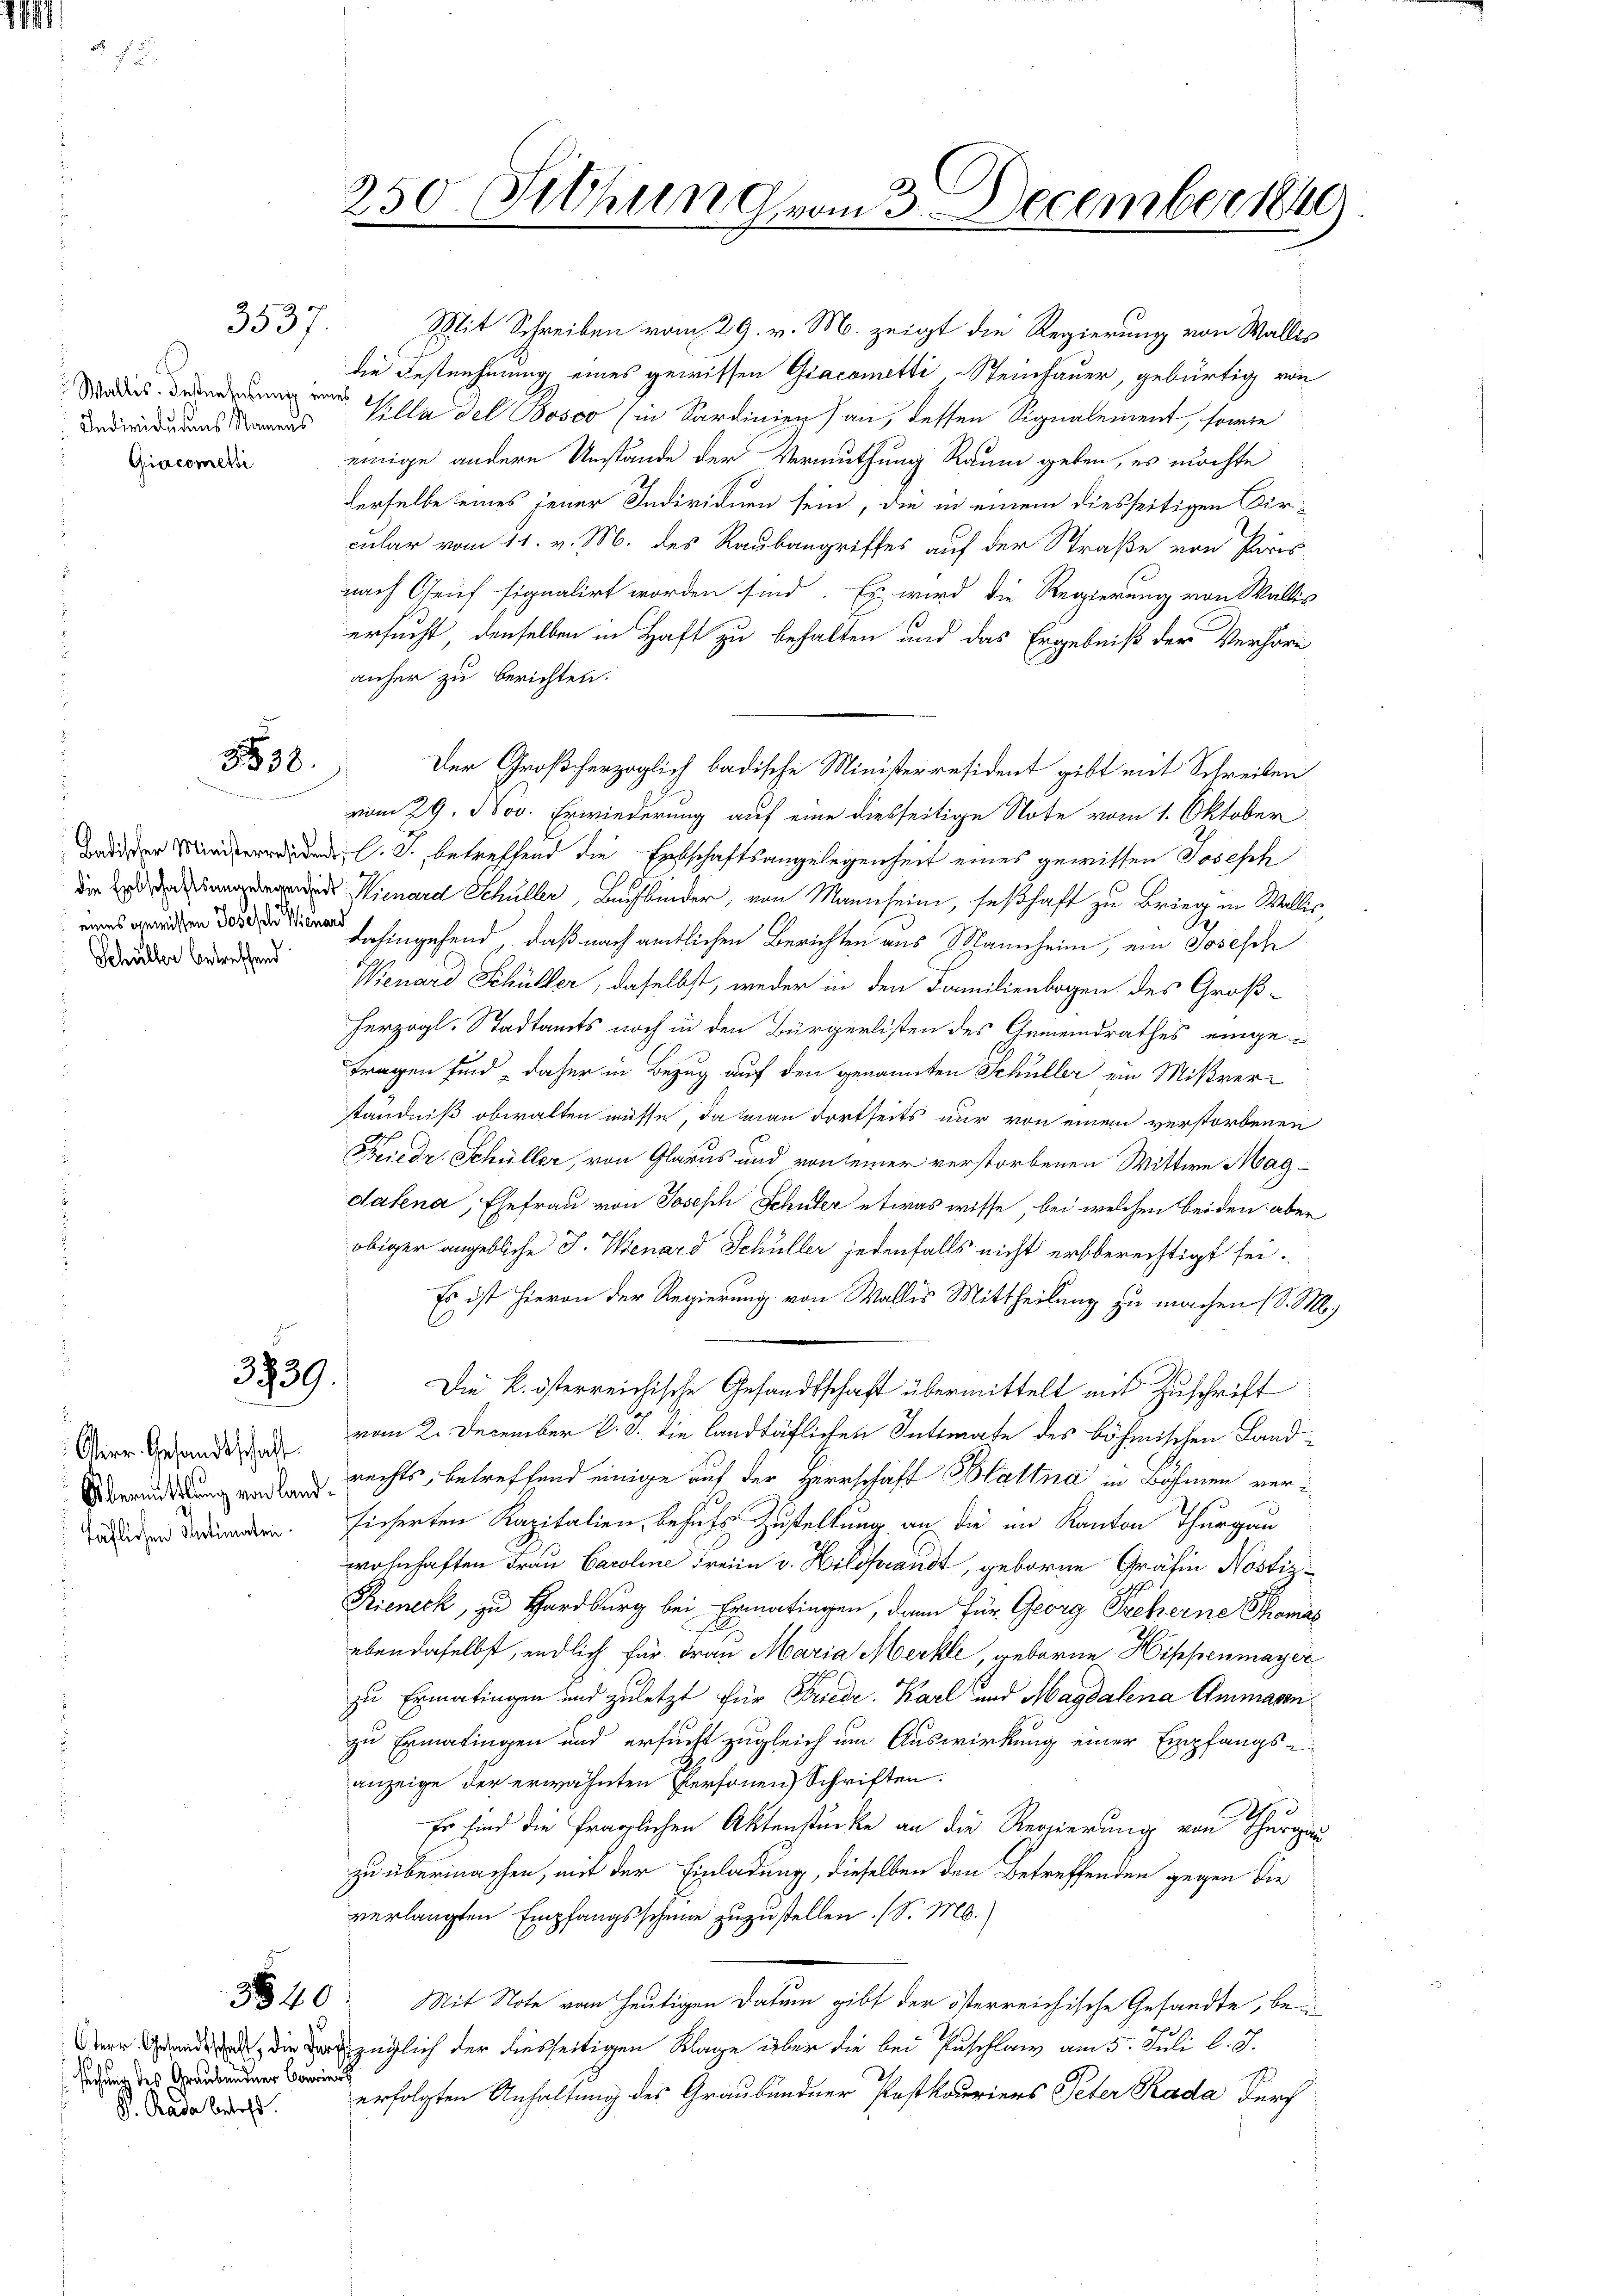
Individuums Namens
Giacomersi

3537.

3538.

Schüller betreffend

3939.

Österr.. Gesandtschaft.
täflichen Antimaten.

suchung des Graubündner Courie
S. Pada betreff.

Mit Schreiben vom 29. v. M. zeigt die Regierung von Wallis
die Festnehmung eines gewissen Giacometti Steinhauer, gebürtig von
Klla del Bosco (in Sardinien) an, dessen Signalement, sowie
einige andere Umstände der Vermuthung Raum geben, es möchte
derselbe eines jener Individuen sein, die in einem diesseitigen Kircular vom 11. v. M. des Raubangriffes auf der Straße von Paris
nach Genf signalirt worden sind. Es wird die Regierung von Wallis
ersucht, denselben in Haft zu behalten und das Ergebniß der Verhöre
anher zu berichten.
Der Großherzoglich badische Ministerresident gibt mit Schreiben
vom 29. Nov. Erwiederung auf eine diesseitige Note vom 1. Oktober
.S. betreffend die Entschaftsangelegenheit eines gewissen Joseph
 Kienard Schuller, Buchbinder, von Mannsein, seßhaft zu Brieg in Wallis,
 hingehend, daß nach amtlichen Berichten aus Mannheim, ein Josesch
Wienard Schüller, daselbst, weder in den Familienbogen des Groß-
herzogl. Stadtamts noch in den Bürgerlisten des Gemeindrathes eingetragen sind, daher in Bezug auf den genannten Schüller ein Mißverständniß obwalten müsse, da man dortseits nur von einem verstorbenen
Friedr. Schüller, von Glarus und von seiner verstorbenen Wittwe Magdalena, Ehefrau von Joseph Schüler etwas wisse, bei welchen beiden aber
obiger angebliche J. Wenard Schüller jedenfalls nicht erbberechtigt sei.
Es ist hievon der Regierung von Wallis Mittheilung zu machen (S. M.,
Die k. österreichische Gesandtschaft übermittelt mit Zuschrift
d
vom 2. December d. d. die landtäflichen Intimate des böhmischen Landbrettung vor Rechts, betreffend einige auf der Herrschaft Blattna in Böhmen versicherten Kapitalien, behufs Zustellung, an die im Kanton Thurgau
wohnhaften Frau Caroline Freien v. Hildfrandt, geborne Gräfin Nostiz-
Bieneck, zu Harburg bei Ermatingen, dann für Georg Preferne Thomas
ebendaselbst, endlich für Frau Maria Merkle, geboren Hippenmayer
zu Ermatingen und zuletzt für Friedr. Karl und Magdalena Ammann
zu Ermatingen und ersucht zugleich um Auswirkung einer Empfangsanzeige der erwähnten Personen Schriften.
2
Er sind die fraglichen Aktenstücke an die Regierung von Thurgau
zu übermachen, mit der Einladung, dieselben den Betreffenden gegen die
verlangten Empfangsscheine zuzustellen. (S. M.
40: Mit Note vom heutigen Datum gibt der österreichische Gesandte, bei
irzüglich der diesseitigen Klage über die bei Zuschlag am 5. Juli l. J.
erfolgten Anhaltung des Graubündner Postkauriers Peter Kada Durch

250. Sitzung vom 3. December 184